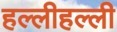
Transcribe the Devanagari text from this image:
हल्लीहल्ली